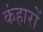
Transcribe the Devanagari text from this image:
कंहारों